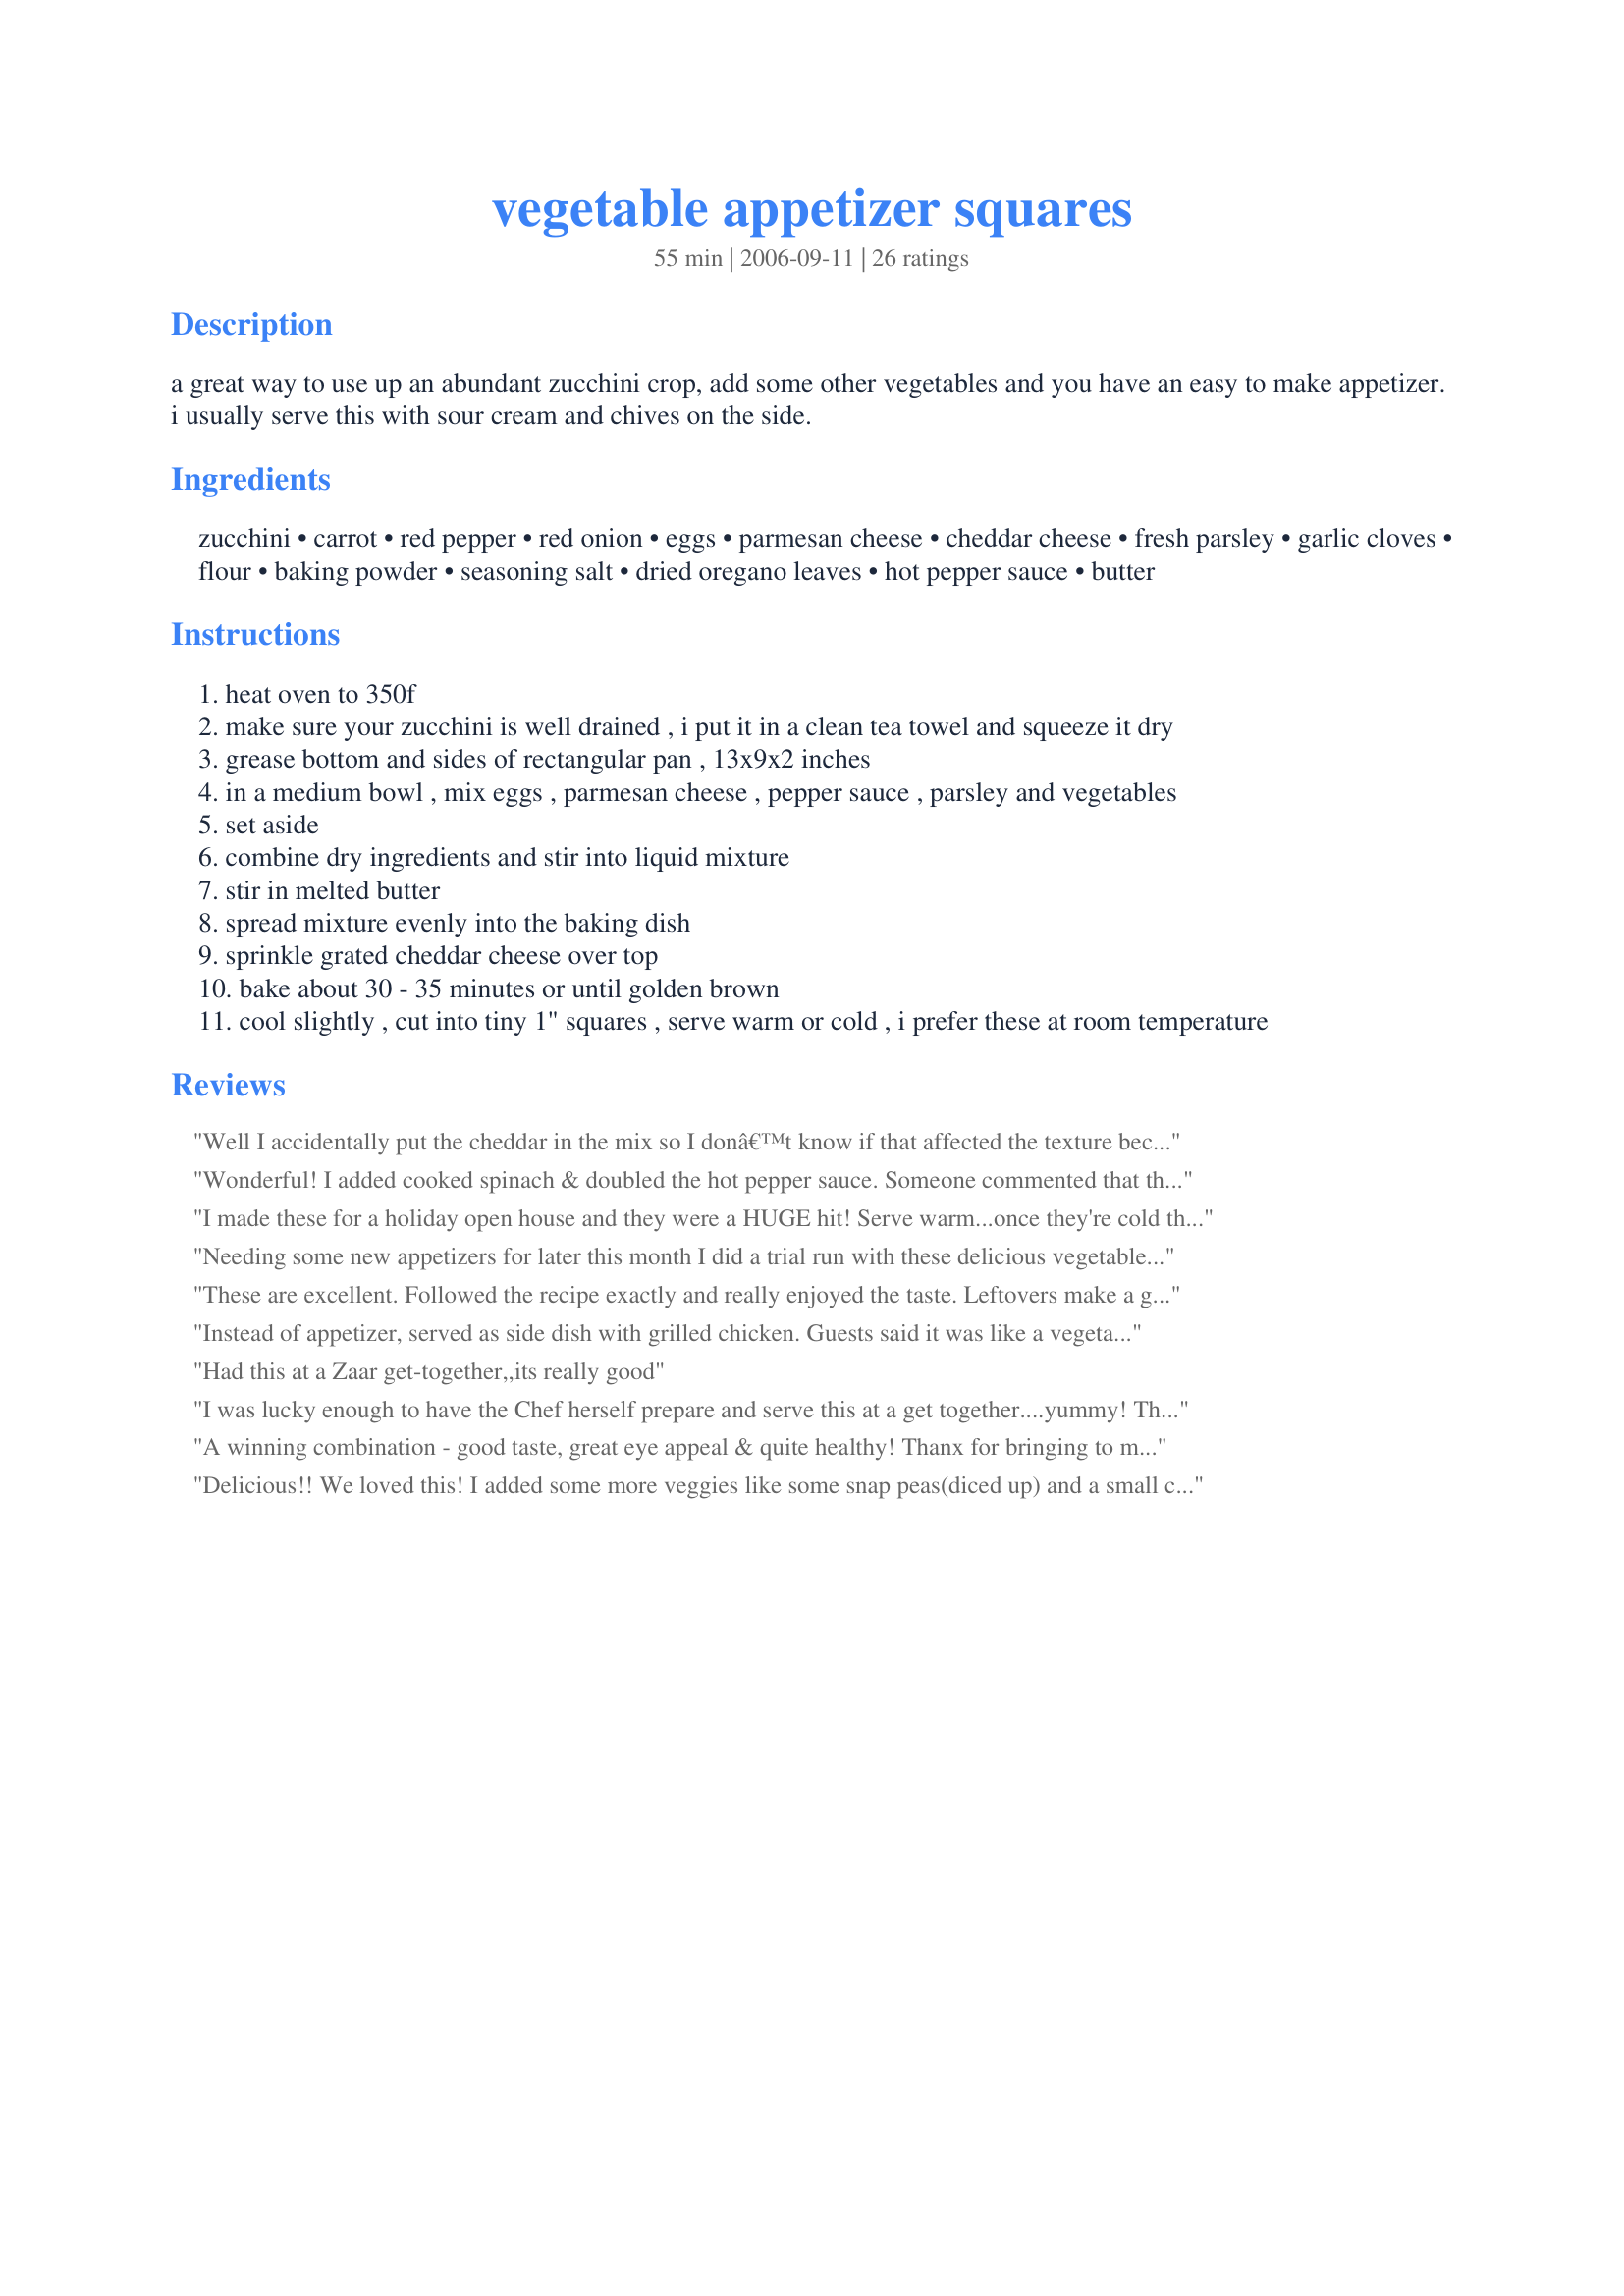
vegetable appetizer squares
Preparation time: 55 minutes

a great way to use up an abundant zucchini crop, add some other vegetables and you have an easy to make appetizer. i usually serve this with sour cream and chives on the side.

Ingredients:
zucchini, carrot, red pepper, red onion, eggs, parmesan cheese, cheddar cheese, fresh parsley, garlic cloves, flour, baking powder, seasoning salt, dried oregano leaves, hot pepper sauce, butter

Steps:
heat oven to 350f
make sure your zucchini is well drained , i put it in a clean tea towel and squeeze it dry
grease bottom and sides of rectangular pan , 13x9x2 inches
in a medium bowl , mix eggs , parmesan cheese , pepper sauce , parsley and vegetables
set aside
combine dry ingredients and stir into liquid mixture
stir in melted butter
spread mixture evenly into the baking dish
sprinkle grated cheddar cheese over top
bake about 30 - 35 minutes or until golden brown
cool slightly , cut into tiny 1" squares , serve warm or cold , i prefer these at room temperature

Reviews:
Well I accidentally put the cheddar in the mix so I donâ€™t know if that affected the texture because it was a bit on the wet side or maybe I should have cooked it longer? I squeezed the liquid out of the zucchini really well. Maybe next time I'll try bisquick in place of flour...? All being said, the flavors were very good.
Wonderful! I added cooked spinach & doubled the hot pepper sauce. Someone commented that they did not like the carrots, so I blanched them to make them softer--worked great! You could probably add whatever left-over raw veggies are in your fridge. The sour cream & chives are perfect on top.
I made these for a holiday open house and they were a HUGE hit! Serve warm...once they're cold they not as yummy!
Needing some new appetizers for later this month I did a trial run with these delicious vegetable squares, finding they taste as good as they look. Made as posted, served at room temperature, absolutely wonderful with the sour cream and chives. A real winner Elly, thank you for sharing.
These are excellent. Followed the recipe exactly and really enjoyed the taste. Leftovers make a great breakfast slice.
Instead of appetizer, served as side dish with grilled chicken. Guests said it was like a vegetable quiche. Kids ate it, too. Will definitely make again.
Had this at a Zaar get-together,,its really good
I was lucky enough to have the Chef herself prepare and serve this at a get together....yummy!
They were pretty as well as delicious and I am looking forward to making these myself!
Thanks Elly!
A winning combination - good taste, great eye appeal & quite healthy! Thanx for bringing to my party & sharing the recipe Elly.
Delicious!! We loved this! I added some more veggies like some snap peas(diced up) and a small can of veg-all veggies and some monterey jack cheese along with the cheddar on top. Wonderful flavor! Thanks so much for sharing the recipe :)
My goodness, these were yummy! I used white whole wheat flour but other than that, followed the recipe exactly. My teenage son is already asking for more!!
I don't know what I did, but these were really bland for us. I followed the recipe to a T, including adding a bit more chopped garlic than the recipe stated and they were bland. Really bland. I guess I can tweak them to be more flavourful. I tasted the first one then called Hubby and he said they were OK. Maybe less flour? I don't know. I think the recipe is definitely one I can tweak. I am still going to serve it tomorrow to my friends coming for Thanksgiving dinner to see their suggestion on what it's missing for our taste. I triple checked the recipe and didn't miss a thing, so I don't know what it is, but these were just very tasteless.
Australian/New Zealand recipe swap March 2008.
These were so yummy, even the non zuchhini lovers tried and liked them. Great appetizer's for a party of just to serve for a light lunch, either way would be fantastic. I served these with a onion dip made of sour cream and they went so well together. They look so great and colourful served on a platter.
Will be making these again Elly.
Thanks for a great recipe.
Tasty way to use up some zucchini that needed eating! I actually mixed zucchini and squash and made a half recipe. It turned out really well. Different way to get in some vegetables. Thanks for posting!
Wow!!! I tweaked the recipe a bit...as usual lol. I never follow a recipe exactly but rather use it as a baseline to adapt my family's taste to. We love veggies so I added corn, carrots, broccoli, cauliflower, beans for fiber and of course the main star zucchini!! I also added fat free cheese and a lot of it nd 5 eggs instead of 4 along wth a lot of other herbs for flavor and let me tell you this recipe is a keeper!! It has an amazing flavor and filled my kitchen with a smell that my husband came home wanting some of these squares for!!
Another great recipe for toting to a potluck. Easy and yummy, popular with a crowd. I used 1/8 cup melted butter, more seemed like so much. I added 1/2 cup grated aged cheddar to the batter as well as the 1/2 cup sprinkled on top. Thanks for posting, Elly in Canada!
Really great appetizer! Made these for a baby shower and they were one of the items that people were talking about. I had several requests for the recipe! I think next time I make them, I'll add some broccoli - think it would add a great flavor! Thank you!
Elly,
Zucchini?? =0...Who knew!!??..lol
I made these for a family (all 35 of us...lol) Chrismas party. Although the tables was loaded with all types of wonderful food, these were the first to go. The layers of subtle flavors in these little hummers really come through . A keeper for sure!!
I had these recently at a Zaar get-together and they are very good. I like the fact that they make a large quantity - something to keep in mind for our next staff get-together!
These are a yummy way to use zuchinni from the garden. I usually spice mine up a little more. My DS loves them cold as a snack.
This is a wonderful recipe, thanks for sharing. I added chopped broccoli, because we like it and it is good for you. Also, I made it with gluten free king arthur flour, because my daughter needs gf flour. Thanks again, it is delicious.
Made it as a side dish for a pot luck- everyone really enjoyed the flavors! I only had a cheese grater so the squash (no zucchini) and carrot were very well ground into the mix (which helped the consistency). To round out the proportions, I added a bag of spinach steamed for 10 minutes and it fit in perfectly. Next time may increase the amount of parmesan, but everything else was perfect. Also worth noting: YES Sriracha sauce!
I also did a trial run on this recipe for my holiday get togethers coming up soon, I made as stated this time, but next time I might omit the carrot and do a couple minor amount adjustments, I might add in some cooked spinach too, this was really a great appy Elly, thanks for sharing hon!...Kitten:)
This was a very good zucchini appetizer. I served it with the sour cream that has chives in it. Really good! Thanks for posting this lovely recipe.
Very tasty. This went over well at my Halloween party. Very few left over. It smelled great cooking, too.
This didn't turn out quite the way I expected. I don't really like Zucchini, but this was very good. I had envisioned it as a "pick it up and walk around with it" appetizer, but mine was rather moist and did better on a plate with a fork. It set up very well be the next day - remained moist after Microwaved, in fact was better the second and third day then right out of the oven. It is definately a redo/keeper. BDavis, Hudson FL
